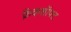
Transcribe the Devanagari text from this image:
क्रैंकशॉफ्ट